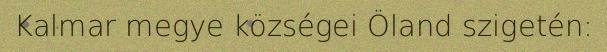
Kalmar megye községei Öland szigetén: